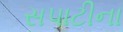
સપાટીના